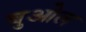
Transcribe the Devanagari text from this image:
बुओल